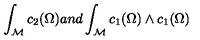
\int _ { \mathcal { M } } c _ { 2 } ( \Omega ) a n d \int _ { { \mathcal M } } c _ { 1 } ( \Omega ) \wedge c _ { 1 } ( \Omega )